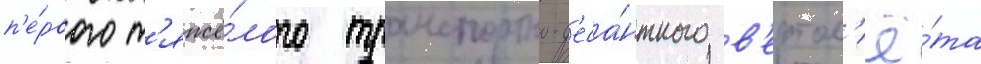
п'е́рвого т'яжё́лого транспортно-д'еса́нтного в'ертол'ё́та